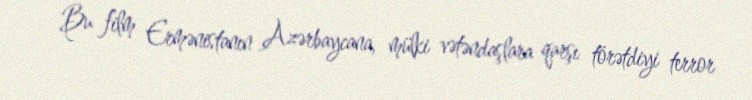
Bu film Ermənistanın Azərbaycana, mülki vətəndaşlara qarşı törətdiyi terror